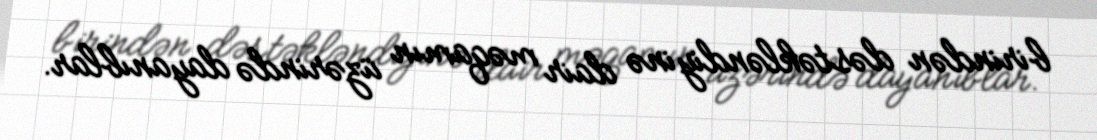
birindən dəstəkləndiyinə dair məqamın üzərində dayanıblar.